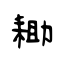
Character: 耡